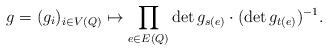
LaTeX: \begin{align*}g=(g_i)_{i \in V(Q)} \mapsto \prod_{e \in E(Q)} \det g_{s(e)} \cdot (\det g_{t(e)})^{-1}.\end{align*}